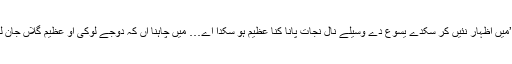
اِک دوجے نوجوان چینی بندے نے کہیا، ’’میں اِظہار نئیں کر سکدے یسوع دے وسیلے نال نجات پانا کِنا عظیم ہو سکدا اے… میں چاہنا آں کہ دوجے لوکی اُو عظیم گلاں جان لین جیہڑیاں مسیح میرے لئی کر چکیا اے۔